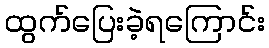
ထွက်ပြေးခဲ့ရကြောင်း